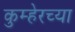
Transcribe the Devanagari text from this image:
कुम्हेरच्या